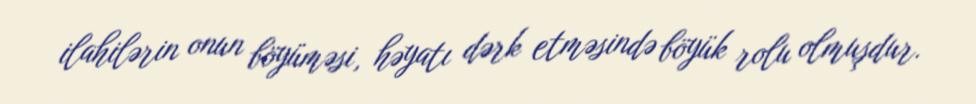
ilahilərin onun böyüməsi, həyatı dərk etməsində böyük rolu olmuşdur.